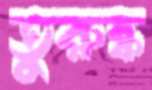
তুরুষ্ক